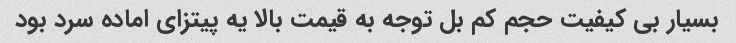
بسیار بی کیفیت حجم کم بل توجه به قیمت بالا یه پیتزای اماده سرد بود